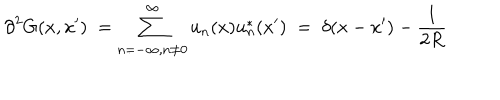
{ \partial } ^ { 2 } G ( x , x ^ { \prime } ) \; = \sum _ { n = - \infty , n \neq 0 } ^ { \infty } u _ { n } ( x ) u _ { n } ^ { * } ( x ^ { \prime } ) \; = \; \delta ( x - x ^ { \prime } ) - \frac { 1 } { 2 R }